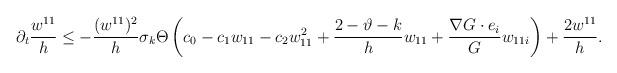
LaTeX: \begin{align*}\partial_{t}\frac{w^{11}}{h}\leq -\frac{(w^{11})^{2}}{h}\sigma_{k}\Theta\left(c_{0} -c_{1} w_{11}-c_{2}w^{2}_{11}+\frac{2-\vartheta-k}{h} w_{11}+\frac{\nabla G\cdot e_{i}}{G}w_{11i}\right)+\frac{2w^{11}}{h}.\end{align*}